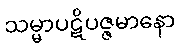
သမ္မာပဋိပဇ္ဇမာနော